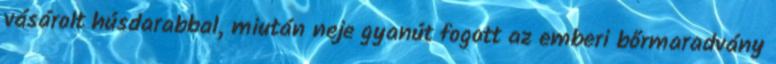
vásárolt húsdarabbal, miután neje gyanút fogott az emberi bőrmaradvány